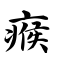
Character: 瘊